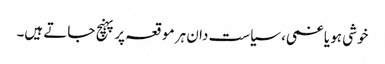
خوشی ہو یا غمی، سیاست دان ہر موقعہ پر پہنچ جاتے ہیں۔